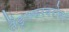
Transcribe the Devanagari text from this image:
तेंडूलकरबरोबर